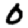
Digit: 0